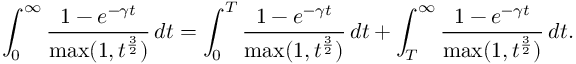
\int _ { 0 } ^ { \infty } \frac { 1 - e ^ { - \gamma t } } { \operatorname* { m a x } ( 1 , t ^ { \frac { 3 } { 2 } } ) } \, d t = \int _ { 0 } ^ { T } \frac { 1 - e ^ { - \gamma t } } { \operatorname* { m a x } ( 1 , t ^ { \frac { 3 } { 2 } } ) } \, d t + \int _ { T } ^ { \infty } \frac { 1 - e ^ { - \gamma t } } { \operatorname* { m a x } ( 1 , t ^ { \frac { 3 } { 2 } } ) } \, d t .